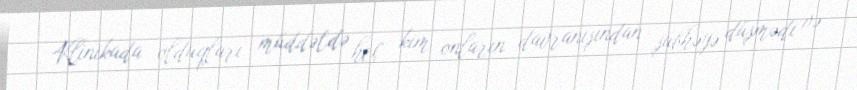
Klinikada olduqları müddətdə heç kim onların davranışından şübhəyə düşmədi və